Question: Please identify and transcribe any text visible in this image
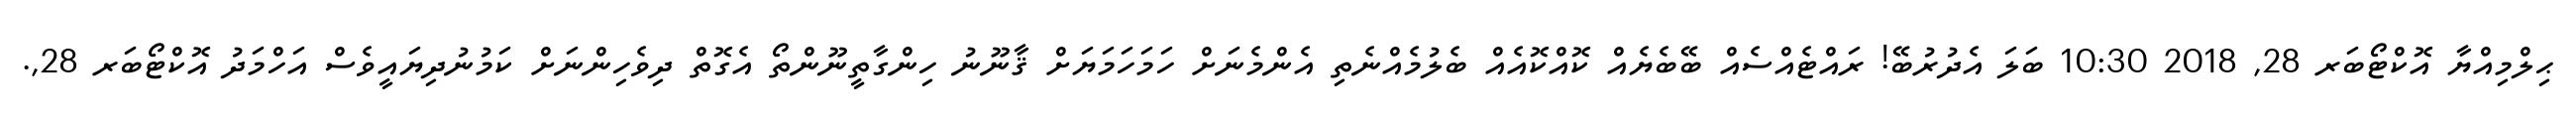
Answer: ޙިލްމިއްޔާ އޮކްޓޯބަރ 28, 2018 10:30 ބަލަ އެދުރުބޭ! ރައްޓެއްސެއް ބޭބެޔެއް ކޮއްކޮއެއް ބެލުމެއްނެތި އެންމެނަށް ހަމަހަމަޔަށް ޤާނޫނު ހިންގާތީނޫންތޯ އެގޮތް ދިވެހިންނަށް ކަމުނުދިޔައީވެސް އަހްމަދު އޮކްޓޯބަރ 28,.